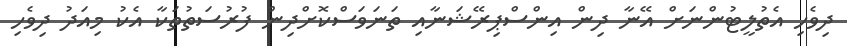
ދިވެހި އެތުލީޓުންނަށް އޭނާ ދިން އިންސްޕިރޭޝަނާއި ތަނަވަސްކޮށްދިން ފުރުސަތުތަކާ އެކު މިއަދު ދިވެހި